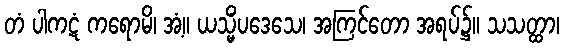
တံ ပါကဋံ ကရောမိ၊ အံ့။ ယသ္မိံပဒေသေ၊ အကြင်တော အရပ်၌။ သသတ္ထာ၊